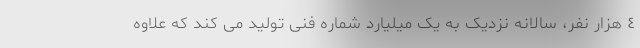
٤ هزار نفر، سالانه نزدیک به یک میلیارد شماره فنی تولید می کند که علاوه